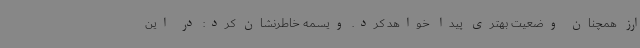
ارز همچنان وضعیت بهتری پیدا خواهد کرد. ویسمه خاطرنشان کرد: در این